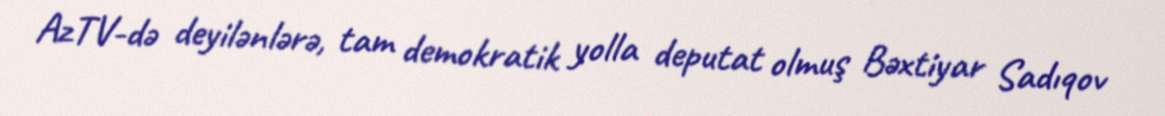
AzTV-də deyilənlərə, tam demokratik yolla deputat olmuş Bəxtiyar Sadıqov